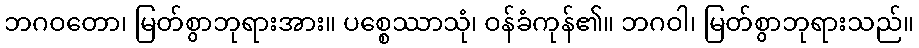
ဘဂဝတော၊ မြတ်စွာဘုရားအား။ ပစ္စေဿာသုံ၊ ဝန်ခံကုန်၏။ ဘဂဝါ၊ မြတ်စွာဘုရားသည်။